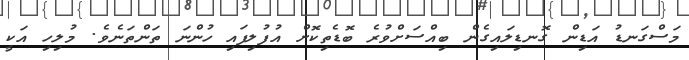
މަސްގަނޑު އަޑިން ގޮނޑިލައިގެން ބިއްސަށްވުރެ ބޮޑެތިކޮށް އުފުލިފައި ހުންނަ ތަންތަނެވެ. މުލިހި އަކީ